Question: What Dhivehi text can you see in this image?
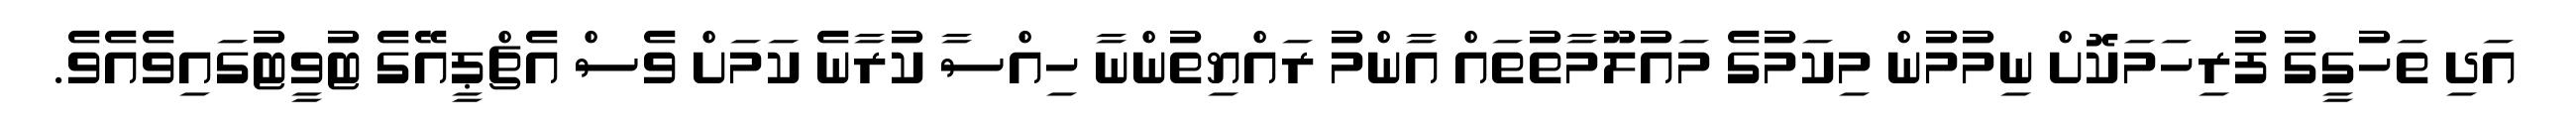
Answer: އަދި ތަހުގީގު ފުރިހަމަކޮށް ނިމުމުން މިކަމުގެ މައުލޫމާތުތައް އާންމު ރައްޔިތުންނާ ހިއްސާ ކުރާނެ ކަމަށް ވެސް އެޗްޕީއޭގެ ޓުވީޓުގައިވެއެވެ.